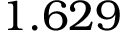
1 . 6 2 9